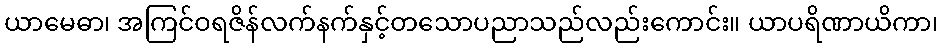
ယာမေဓာ၊ အကြင်ဝရဇိန်လက်နက်နှင့်တသောပညာသည်လည်းကောင်း။ ယာပရိဏာယိကာ၊